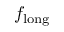
f _ { \mathrm { l o n g } }